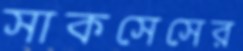
সাকসেসের